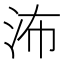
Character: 㳍